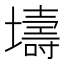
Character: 壔